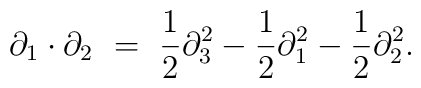
\partial_1\cdot\partial_2\ =\ \frac{1}{2}\partial_3^2-\frac{1}{2}\partial_1^2-\frac{1}{2}\partial_2^2.